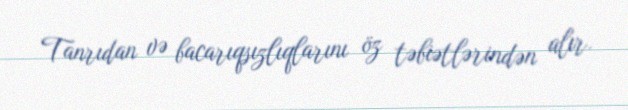
Tanrıdan və bacarıqsızlıqlarını öz təbiətlərindən alır.